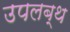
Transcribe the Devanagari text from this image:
उपलब्थ